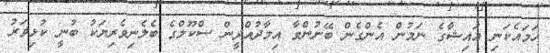
ހަމައެކަނި އައިޝާގެ ނަމުން އެންގެން ބޭނުންވާ އިމާދުއްދީން ސްކޫލްގެ ބެލެނިވެރިޔަކު ބުނީ ކުޅިވަރު